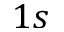
1 s